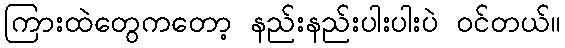
ကြားထဲတွေကတော့ နည်းနည်းပါးပါးပဲ ဝင်တယ်။